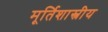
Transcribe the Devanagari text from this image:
मूर्तिशास्त्रीय